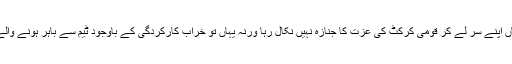
یہ مصباح کی ہی شرافت ہے کہ جو گزشتہ چند ماہ سے دوسروں کی غلطیاں اپنے سر لے کر قومی کرکٹ کی عزت کا جنازہ نہیں نکال رہا ورنہ یہاں تو خراب کارکردگی کے باوجود ٹیم سے باہر ہونے والے سینئر کھلاڑی بھی ”اودھم“ مچانے اور ”بین“ کرنے میں دیر نہیں لگاتے۔